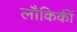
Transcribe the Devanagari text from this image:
लौकिकीं